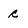
Character: c